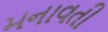
મનાવતી